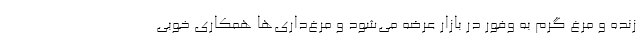
زنده و مرغ گرم به وفور در بازار عرضه می‌شود و مرغ‌داری‌ها همکاری خوبی